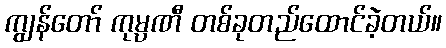
ကျွန်တော် ကုမ္ပဏီ တစ်ခုတည်ထောင်ခဲ့တယ်။